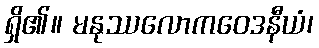
ရှိ၏။ မနုဿလောကဝေဒနီယံ၊